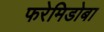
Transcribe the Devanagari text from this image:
फरेमिडोबा